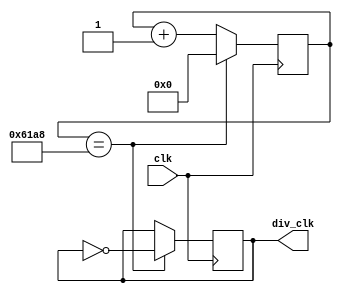
module clock_divider(
	input					clk,
	output				div_clk
);

reg [15:0] cnt;
reg clk_mem;
assign div_clk = clk_mem;

always @(posedge clk)

	if (cnt == 25000)
	begin
		cnt <= 0;
		clk_mem <= !clk_mem;
	end // if
	
	else
	begin
		cnt <= cnt + 1;
	end // else
	
endmodule